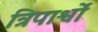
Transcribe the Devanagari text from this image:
त्रिपार्श्वों